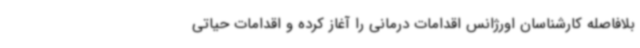
بلافاصله کارشناسان اورژانس اقدامات درمانی را آغاز کرده و اقدامات حیاتی